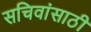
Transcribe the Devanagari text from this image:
सचिवांसाठी